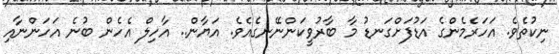
ނިކުތެވެ. އަހަރެމެންގެ އަޑުފަށްގަނޑު މާ ބާރުވީކަންނޭނގެއެވެ. އަޔާން.. އާހިލް އެހެން ބުނެ އަހަންނާއި